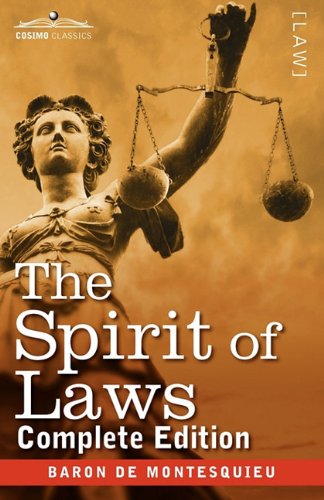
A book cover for The Spirit of Laws; Charles Baron De Montesquieu; Law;